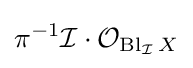
\pi ^{-1}{\mathcal {I}}\cdot {\mathcal {O}}_{\operatorname {Bl} _{\mathcal {I}}X}